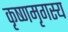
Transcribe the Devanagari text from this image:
कृष्णमृगस्य